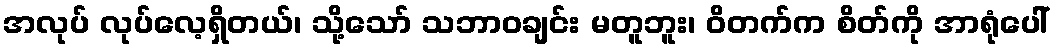
အလုပ် လုပ်လေ့ရှိတယ်၊ သို့သော် သဘာဝချင်း မတူဘူး၊ ဝိတက်က စိတ်ကို အာရုံပေါ်